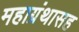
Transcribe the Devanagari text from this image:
महाग्रंथासह